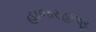
હાજરહજૂર